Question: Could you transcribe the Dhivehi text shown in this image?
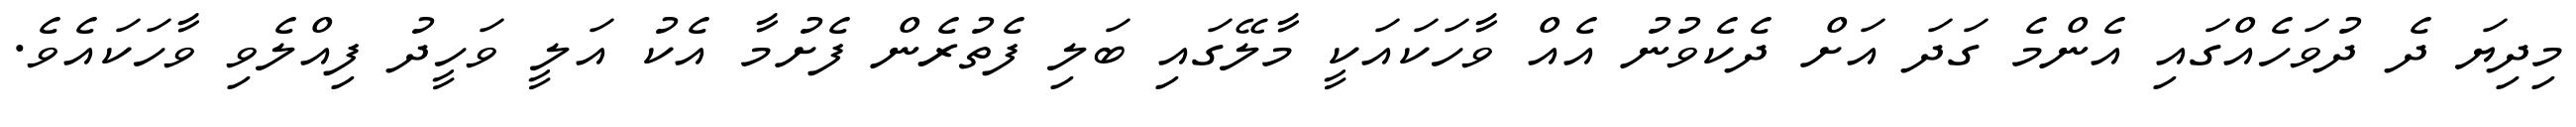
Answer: މިދިޔަ ދެ ދުވަހެއްގައި އެންމެ ގަދަ އަށް ދެކެވުނު އެއް ވާހަކައަކީ މާލޭގައި ބަލި ފެތުރެން ފެށުމާ އެކު އަލީ ވަހީދު ފިއްލެވި ވާހަކައެވެ.